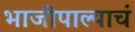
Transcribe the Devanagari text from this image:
भाजीपाल्याचं